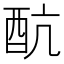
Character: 𨟼